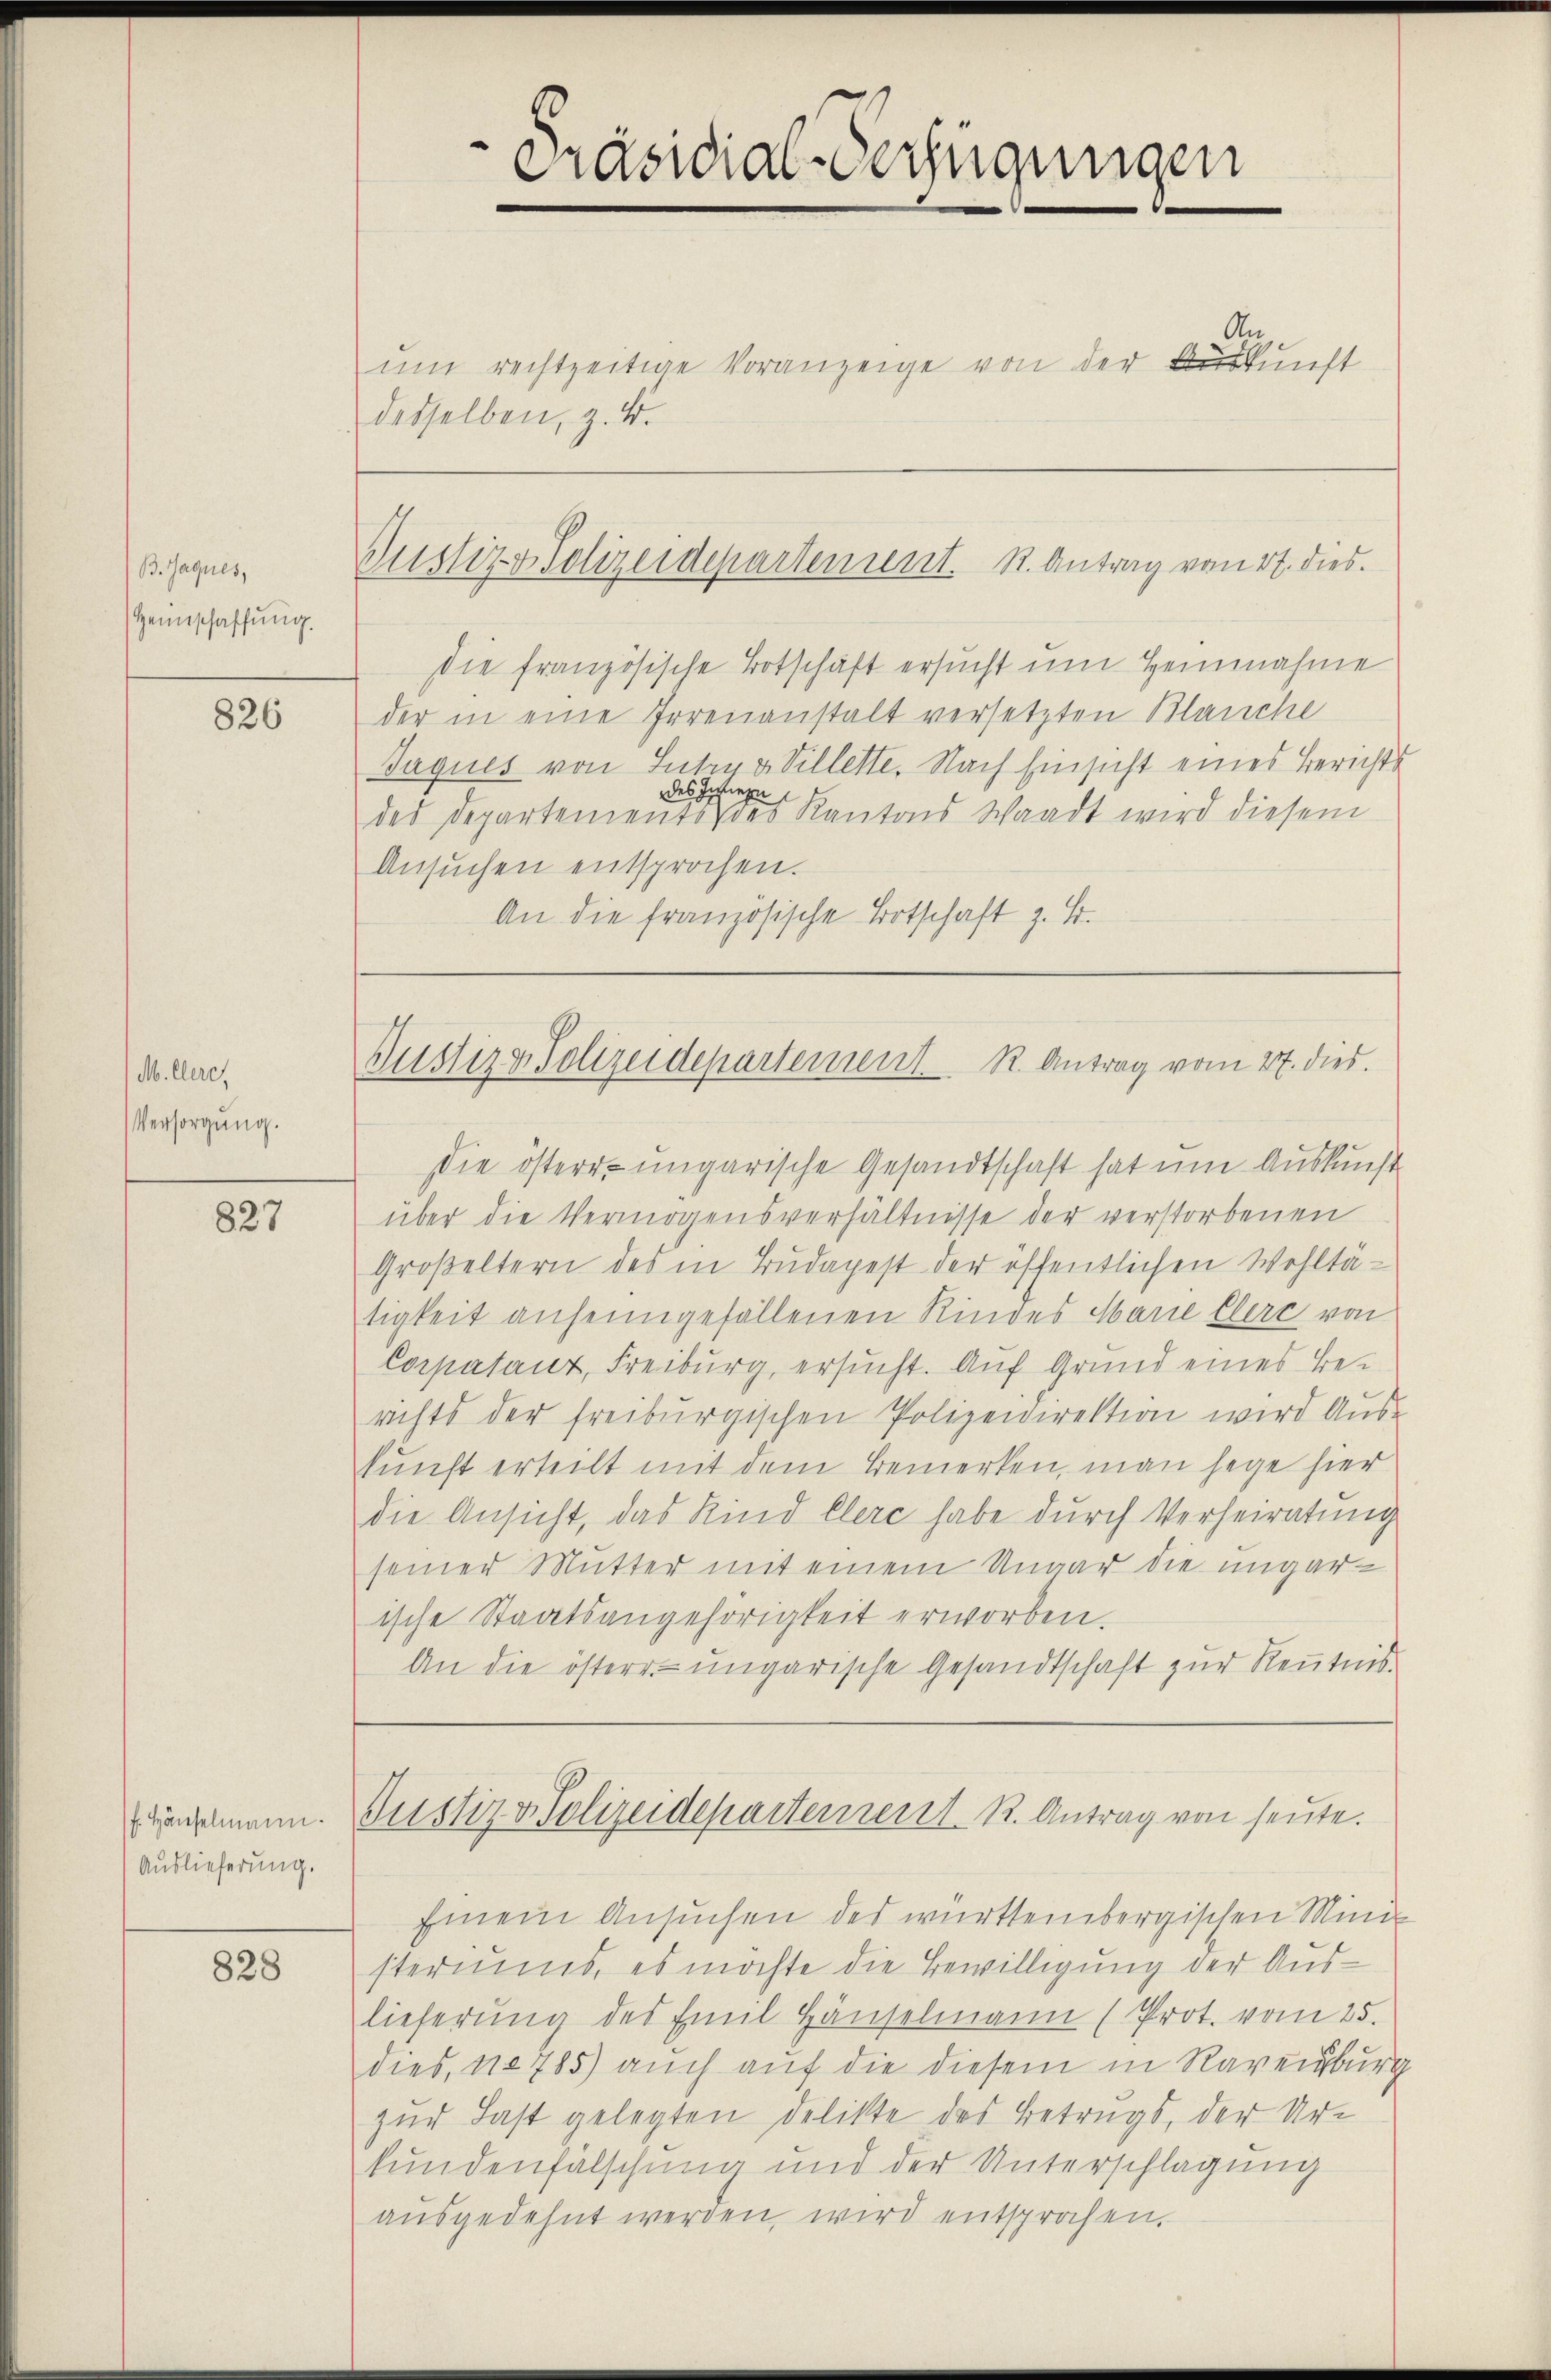
B. Jaques,
Heimschaffung.

826

M. Cere,
Versorgung.

827

f. Häuselmann.
Auslieferung.

828

Die französische Botschäft ersucht um Heinnahme
der in eine Irrenanstalt versetzten Blanche
Jaques von Intruv Villette. Nach Einsicht eines Berichts
des Zwiegen
des Departements des Kantons Waadt wird diesem
Ansuchen entsprochen.
An die französische Botschaft z. B.

Präsidial-Verfügungen

An
ŭm rechtzeitige Voranzeige von der Auskunft
desselben, z. B.

Justiz & Polizeidepartement. S. Antrag vom 17. dies.

Justiz & Polizeidepartement. R. Antrag vom 27. dies.

Die österr. ungarische Gesandtschaft hat um Auskunft
über die Vermögensverhältnisse der verstorbenen
Großeltern des in Budapest der öffentlichen Wohltätigkeit anheimgefallenen Kindes Marie Elerc von
Corpatant, Freiburg, ersucht. Auf Grund eines Berichts der freiburgischen Polizeidirektion wird Auskunft erteilt mit dem Bemerken, man sage hier
die Ansicht, das Kind Clerc habe durch Verheiratung
seiner Mutter mit einem Ungar die ungarische Staatsangehörigkeit erworben.
An die österr ungarische Gesandtschaft zur Keṅtnis.

Einem Ansuchen des württembergischen Ministeriums, es möchte die Bewilligung der Auslieferŭng des Emil Häŭselmann (Prot. vom 25.
dies, No 785) auch auf die diesem in Ravenburg
zur Last gelegten Delikte des Betrugs, der Ur-
fundenfälschung und der Unterschlagung
aŭsgedehnt werden, wird entsprochen.

Justiz & Polizeidepartement K. Antrag von heute.